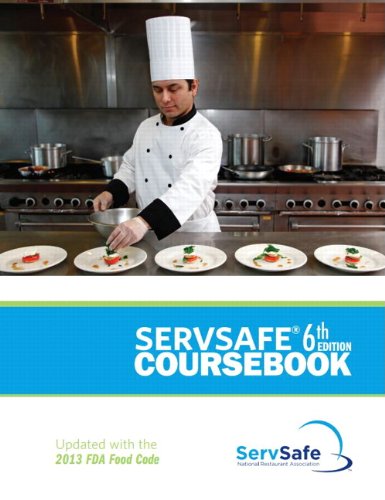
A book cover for ServSafe Coursebook, Revised with ServSafe Online Exam Voucher (6th Edition); National Restaurant Association; Business & Money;